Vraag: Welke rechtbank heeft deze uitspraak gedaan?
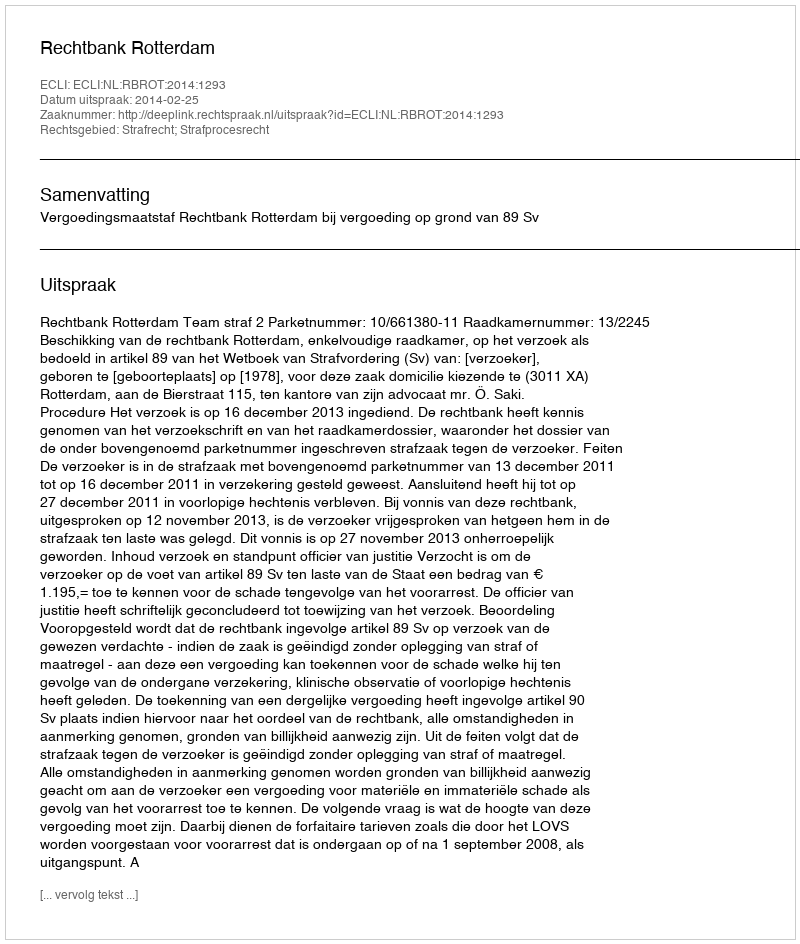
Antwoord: Rechtbank Rotterdam